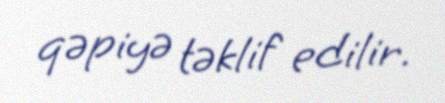
qəpiyə təklif edilir.